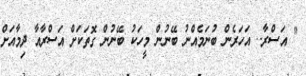
" އަސްރާ.. އަހަރެން ބުނަމެއްނު ބޭނުން މީހަކު ބޭނުން ގޮތަަކަށް އަސްރާއާ ދިމާއަށް